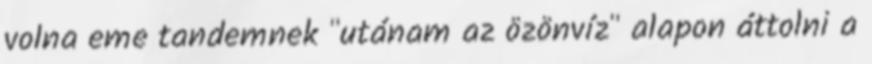
volna eme tandemnek "utánam az özönvíz" alapon áttolni a